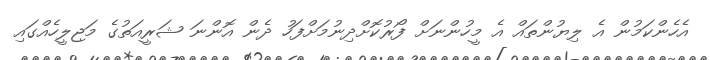
އެހެންކަމުން އެ ލިޔުންތައް އެ މީހުންނަށް ފޯރުކޮށްދިނުމަށްފަހު ދެން އޮންނަ ޝަރީއަތުގެ މަޖިލީހެއްގައި